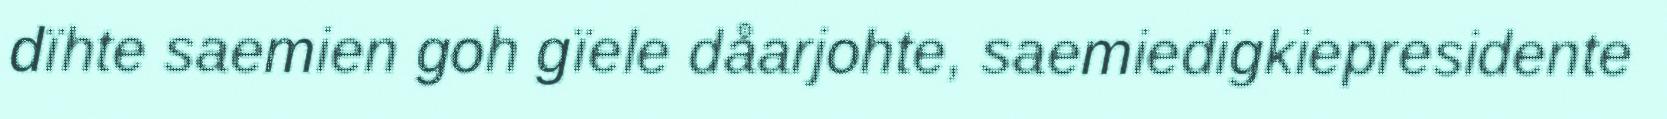
dïhte saemien goh gïele dåarjohte, saemiedigkiepresidente